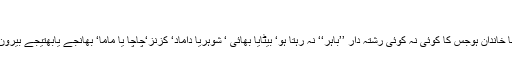
‘‘
حیدرآبادمیںشاید ہی کوئی ایسا خاندان ہوجس کا کوئی نہ کوئی رشتہ دار ’’باہر‘‘ نہ رہتا ہو‘ بیٹایا بھائی ‘ شوہریا داماد‘ کزنز‘چاچا یا ماما‘ بھانجے یابھتیجے بیرون ملک برسرروزگارہوں گے۔